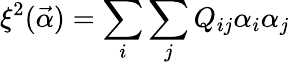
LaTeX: \xi^{2}(\vec{\alpha})=\sum_{i}\sum_{j}Q_{ij}\alpha_{i}\alpha_{j}